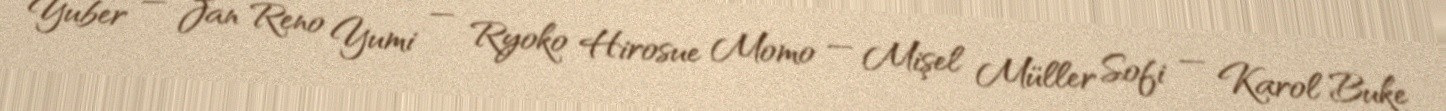
Yuber — Jan Reno Yumi — Ryoko Hirosue Momo — Mişel Müller Sofi — Karol Buke